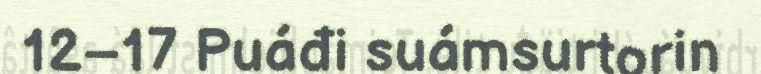
12–17 Puáđi suámsurtorin